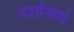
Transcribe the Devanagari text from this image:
दर्शानार्थ